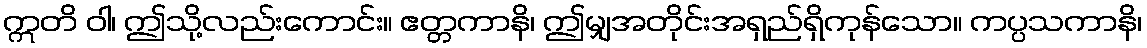
ဣတိ ဝါ၊ ဤသို့လည်းကောင်း။ ဧတ္တကာနိ၊ ဤမျှအတိုင်းအရှည်ရှိကုန်သော။ ကပ္ပသကာနိ၊